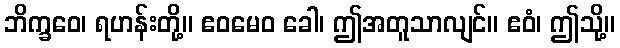
ဘိက္ခဝေ၊ ရဟန်းတို့။ ဧဝမေဝ ခေါ၊ ဤအတူသာလျင်။ ဧဝံ၊ ဤသို့။